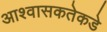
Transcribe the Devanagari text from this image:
आश्वासकतेकडे